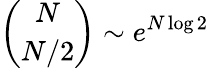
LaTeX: \binom{N}{N/2}\sim e^{N\log 2}